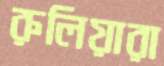
রুলিয়ারা